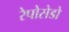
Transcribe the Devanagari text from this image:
रेपोसेडो